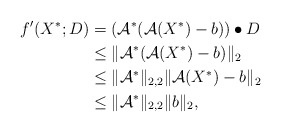
\begin{align*}f'(X^*;D) &=(\mathcal{A}^*(\mathcal{A}(X^*)-b))\bullet D\\&\le\|\mathcal{A}^*(\mathcal{A}(X^*)-b)\|_2\\&\le\|\mathcal{A}^*\|_{2,2}\|\mathcal{A}(X^*)-b\|_2\\&\le\|\mathcal{A}^*\|_{2,2}\|b\|_2,\end{align*}